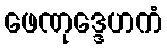
ဖေဏုဒ္ဒေဟကံ